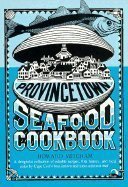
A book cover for Provincetown Seafood Cookbook; Howard Mitcham; Cookbooks, Food & Wine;